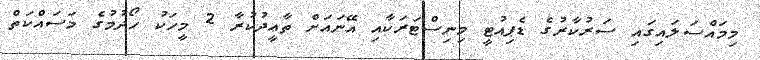
މިމައްސަލައިގައި ސަރުކާރުގެ ޑެޕިއުޓީ މިނިސްޓަރަކާއި އޭނައަށް ތާޢީދުކުރާ 2 މީހަކު ހޯދުމުގެ މަސައްކަތް